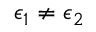
\epsilon _ { 1 } \neq \epsilon _ { 2 }